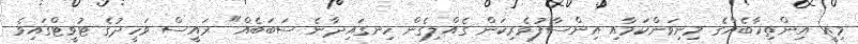
މިއީ އިންތިހާބެއްގެ މިނިވަންކަމާއި އިންސާފުވެރިކަން ގެއްލިގެން ހިނގައިދާނެ ސަބަބެއް" ރައީސް ވަހީދުގެ ޓުވީޓްގައިވެ